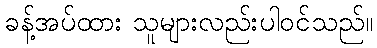
ခန့်အပ်ထား သူများလည်းပါဝင်သည်။